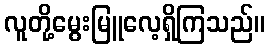
လူတို့မွေးမြူလေ့ရှိကြသည်။